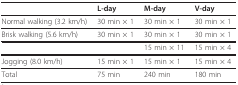
|  | L-day | M-day | V-day |
 | --- | --- | --- | --- |
 | Normal walking (3.2 km/h) | 30 min × 1 | 30 min × 1 | 30 min × 1 |
 | Brisk walking (5.6 km/h) | 30 min × 1 | 30 min × 1 | 30 min × 1 |
 |  |  | 15 min × 11 | 15 min × 4 |
 | Jogging (8.0 km/h) | 15 min × 1 | 15 min × 1 | 15 min × 4 |
 | Total | 75 min | 240 min | 180 min |